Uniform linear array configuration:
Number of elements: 16
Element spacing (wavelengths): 0.5
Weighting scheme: binomial
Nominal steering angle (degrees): -15
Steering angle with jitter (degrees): -15.928
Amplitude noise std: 0.05
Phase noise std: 0.05

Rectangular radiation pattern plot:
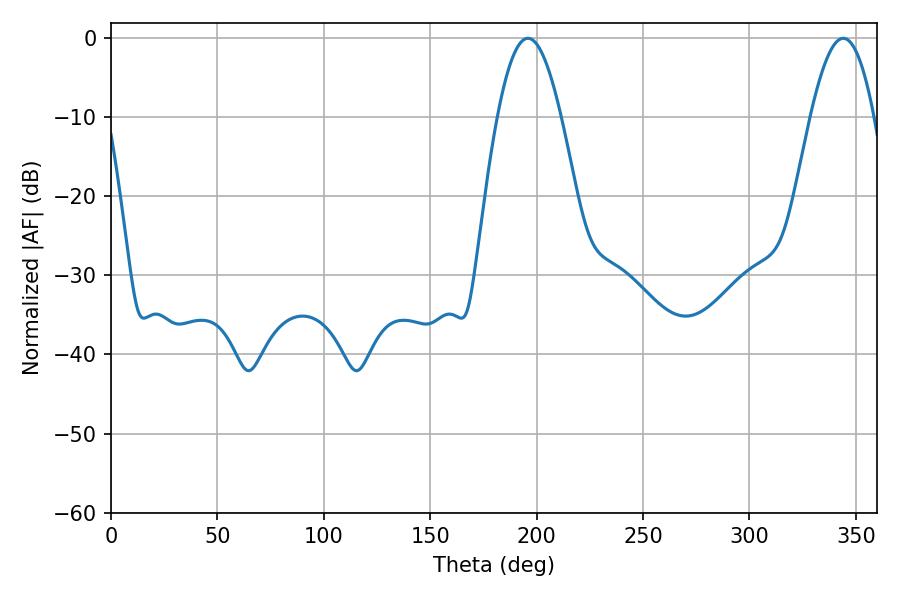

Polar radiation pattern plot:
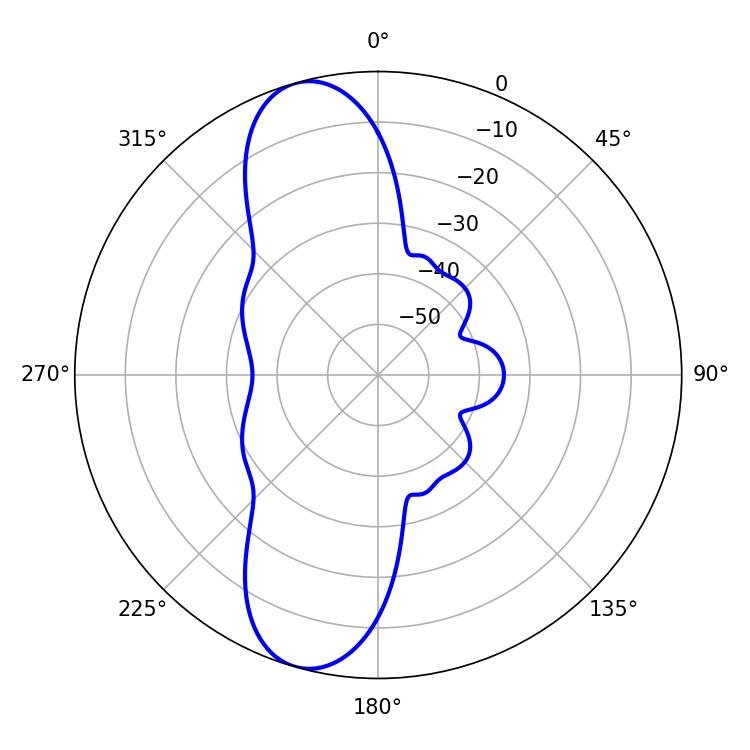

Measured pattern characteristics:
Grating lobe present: FALSE
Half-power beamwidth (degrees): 16.2
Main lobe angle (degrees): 195.84